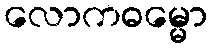
လောကဓမ္မော